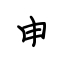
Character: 申